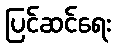
ပြင်ဆင်ရေး